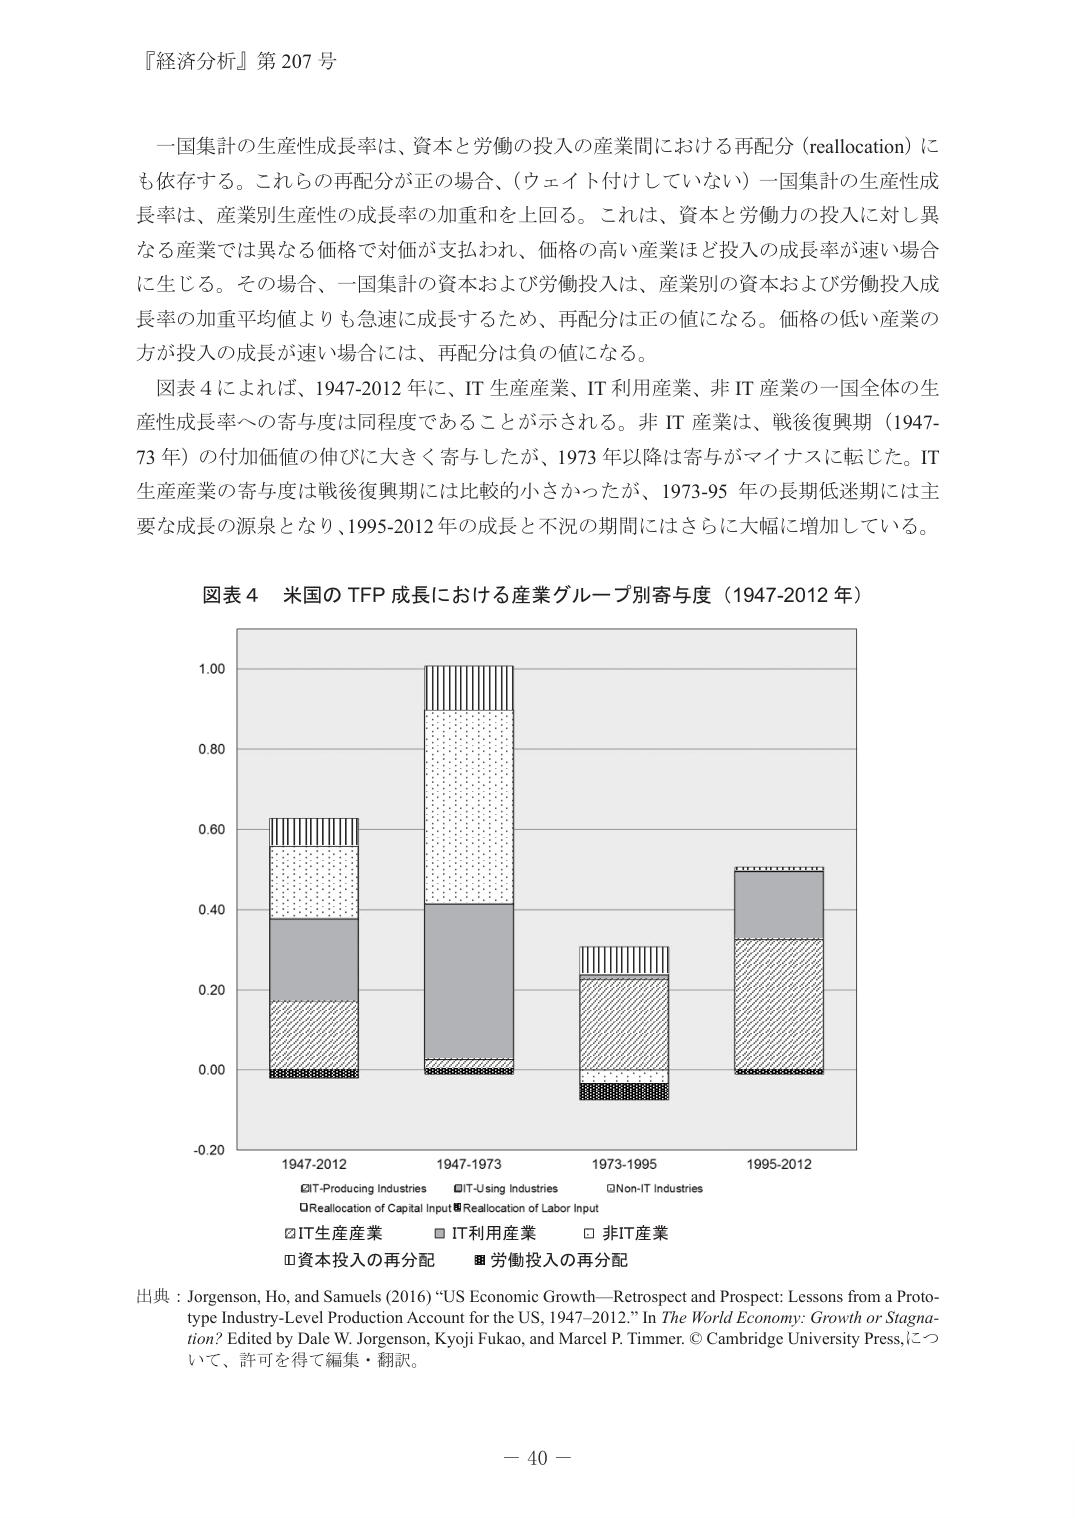
『経済分析』第 207 号

一国集計の生産性成長率は、資本と労働の投入の産業間における再配分（reallocation）にも依存する。これらの再配分が正の場合、（ウェイト付けしていない）一国集計の生産性成長率は、産業別生産性の成長率の加重和を上回る。これは、資本と労働力の投入に対し異なる産業では異なる価格で対価が支払われ、価格の高い産業ほど投入の成長率が速い場合に生じる。その場合、一国集計の資本および労働投入は、産業別の資本および労働投入成長率の加重平均値よりも急速に成長するため、再配分は正の値になる。価格の低い産業の方が投入の成長が速い場合に、再配分は負の値になる。

図表 4 によれば、1947-2012 年に、IT 生産産業、IT 利用産業、非 IT 産業の一国全体の生産性成長率への寄与度は同程度であることが示される。非 IT 産業は、戦後復興期（1947-73 年）の付加価値の伸びに大きく寄与したが、1973 年以降は寄与がマイナスに転じた。IT 生産産業の寄与度は戦後復興期には比較的小さかったが、1973-95 年の長期低迷期には主要な成長の源泉となり、1995-2012 年の成長と不況の期間にはさらに大幅に増加している。

図表 4 米国の TFP 成長における産業グループ別寄与度（1947-2012 年）

1.00
0.80
0.60
0.40
0.20
0.00
-0.20

1947-2012  1947-1973  1973-1995  1995-2012

IT-Producing Industries
IT-Using Industries
Non-IT Industries
Reallocation of Capital Input
Reallocation of Labor Input

IT生産産業
IT利用産業
非IT産業
資本投入の再分配
労働投入の再分配

出典：Jorgenson, Ho, and Samuels (2016) “US Economic Growth—Retrospect and Prospect: Lessons from a Prototype Industry-Level Production Account for the US, 1947–2012.” In The World Economy: Growth or Stagnation? Edited by Dale W. Jorgenson, Kyoji Fukao, and Marcel P. Timmer. © Cambridge University Press, について、許可を得て編集・翻訳。

－ 40 －